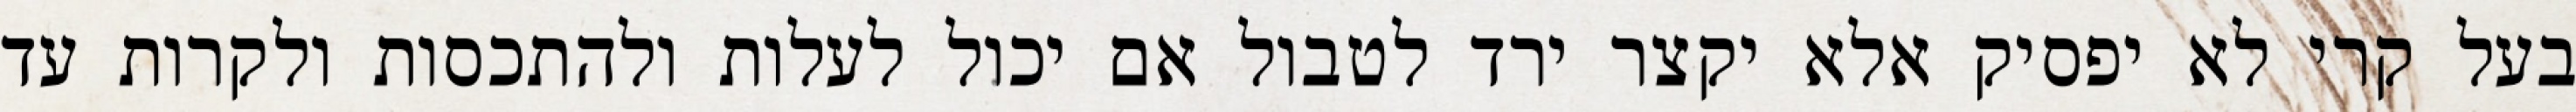
בעל קרי לא יפסיק אלא יקצר ירד לטבול אם יכול לעלות ולהתכסות ולקרות עד